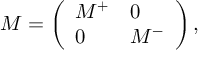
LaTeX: M = \left( \begin{array} { l l } { { M ^ { + } } } & { { 0 } } \\ { { 0 } } & { { M ^ { - } } } \end{array} \right) ,